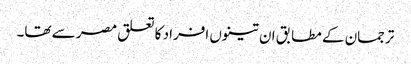
ترجمان کے مطابق ان تینوں افراد کا تعلق مصر سے تھا۔